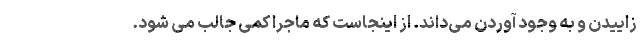
زاییدن و به وجود آوردن می‌داند. از اینجاست که ماجرا کمی جالب می شود.